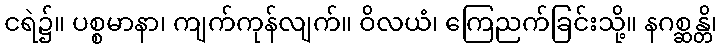
ငရဲ၌။ ပစ္စမာနာ၊ ကျက်ကုန်လျက်။ ဝိလယံ၊ ကြေညက်ခြင်းသို့။ နဂစ္ဆန္တိ၊